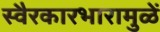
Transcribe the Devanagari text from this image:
स्वैरकारभारामुळें